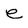
Character: e